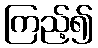
ကြည့်၍